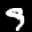
Label: 9